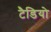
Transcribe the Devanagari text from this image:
टैडियो